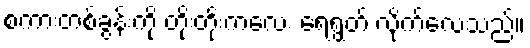
စကားတစ်ခွန်းကို တိုးတိုးကလေး ရေရွတ် လိုက်လေသည်။